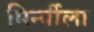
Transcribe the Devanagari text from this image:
मिर्न्यीला